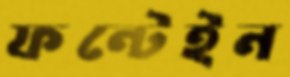
ফন্টেইন